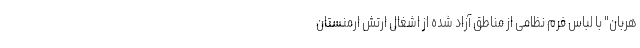
هربان" با لباس فُرم نظامی از مناطق آزاد شده از اشغال ارتش ارمنستان